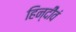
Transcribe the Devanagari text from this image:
हिन्दीेवं